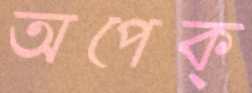
অপেক্